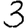
Digit: 3